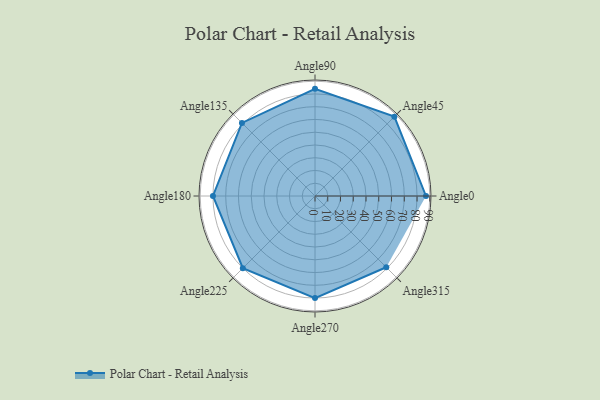
{"axis": {"x": "Angle", "y": "Radius"}, "legend": [""], "data": [{"x": "Angle0", "y": 87.0, "type": ""}, {"x": "Angle45", "y": 88.0, "type": ""}, {"x": "Angle90", "y": 84.0, "type": ""}, {"x": "Angle135", "y": 81.0, "type": ""}, {"x": "Angle180", "y": 80.0, "type": ""}, {"x": "Angle225", "y": 80.0, "type": ""}, {"x": "Angle270", "y": 80.0, "type": ""}, {"x": "Angle315", "y": 79.0, "type": ""}]}